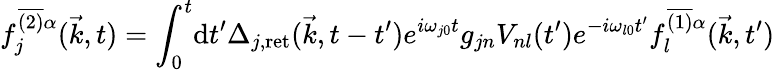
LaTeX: f_{j}^{\overline{{{(2)}}}\alpha}(\vec{k},t)=\int_{0}^{t}\! \mathrm{d}t^{\prime}\Delta_{j,\mathrm{ret}}(\vec{k},t-t^{\prime})e^{i\omega_{j0}t}g_{jn}V_{nl}(t^{\prime})e^{-i\omega_{l0}t^{\prime}}f_{l}^{\overline{{{(1)}}}\alpha}(\vec{k},t^{\prime})